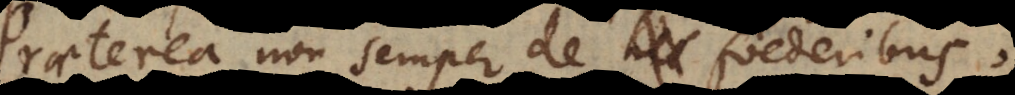
a non semper de foederibus,